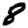
Digit: 8